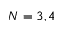
N = 3 , 4